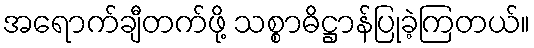
အရောက်ချီတက်ဖို့ သစ္စာဓိဋ္ဌာန်ပြုခဲ့ကြတယ်။